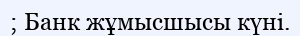
; Банк жұмысшысы күні.